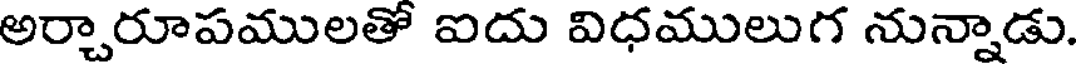
అర్చారూపములతో ఐదు విధములుగ నున్నాడు.